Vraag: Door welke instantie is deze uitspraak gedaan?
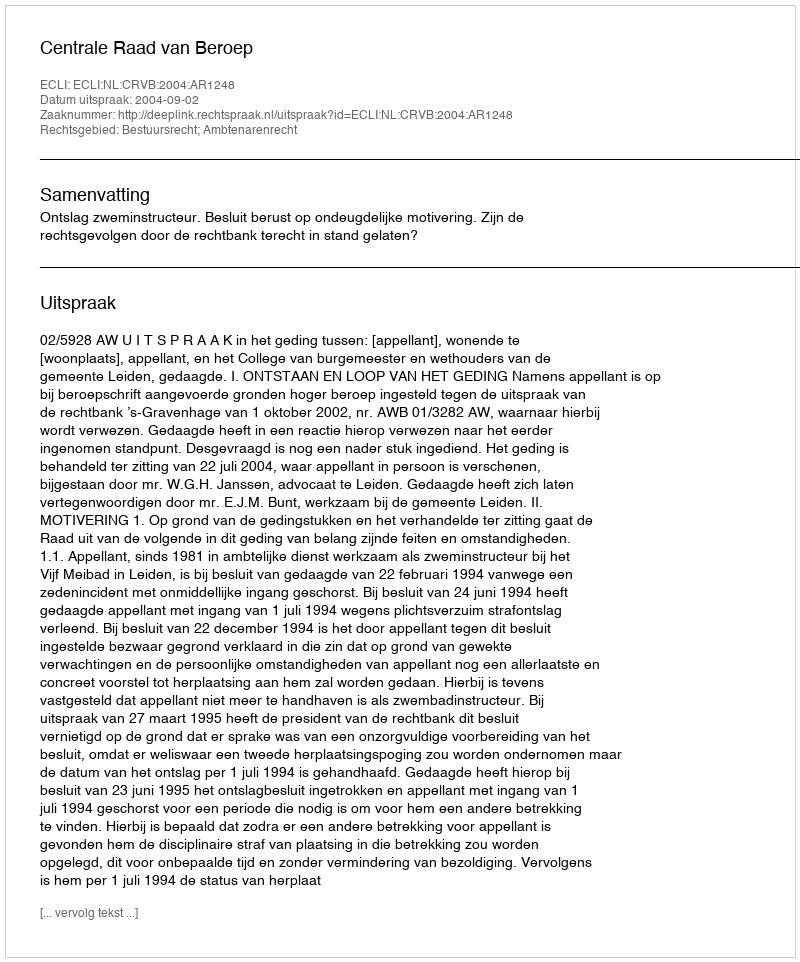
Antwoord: Centrale Raad van Beroep